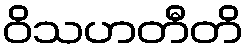
ဝိသဟတီတိ